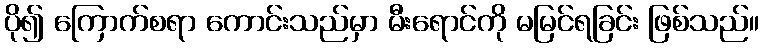
ပို၍ ကြောက်စရာ ကောင်းသည်မှာ မီးရောင်ကို မမြင်ရခြင်း ဖြစ်သည်။